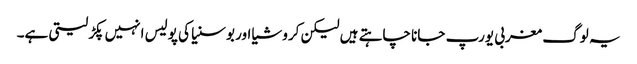
یہ لوگ مغربی یورپ جانا چاہتے ہیں لیکن کروشیا اور بوسنیا کی پولیس انہیں پکڑ لیتی ہے۔